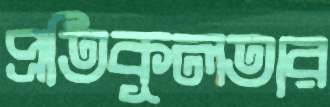
প্রতিকূলতার